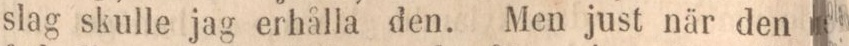
slag skulle jag erhålla den. Men just när den